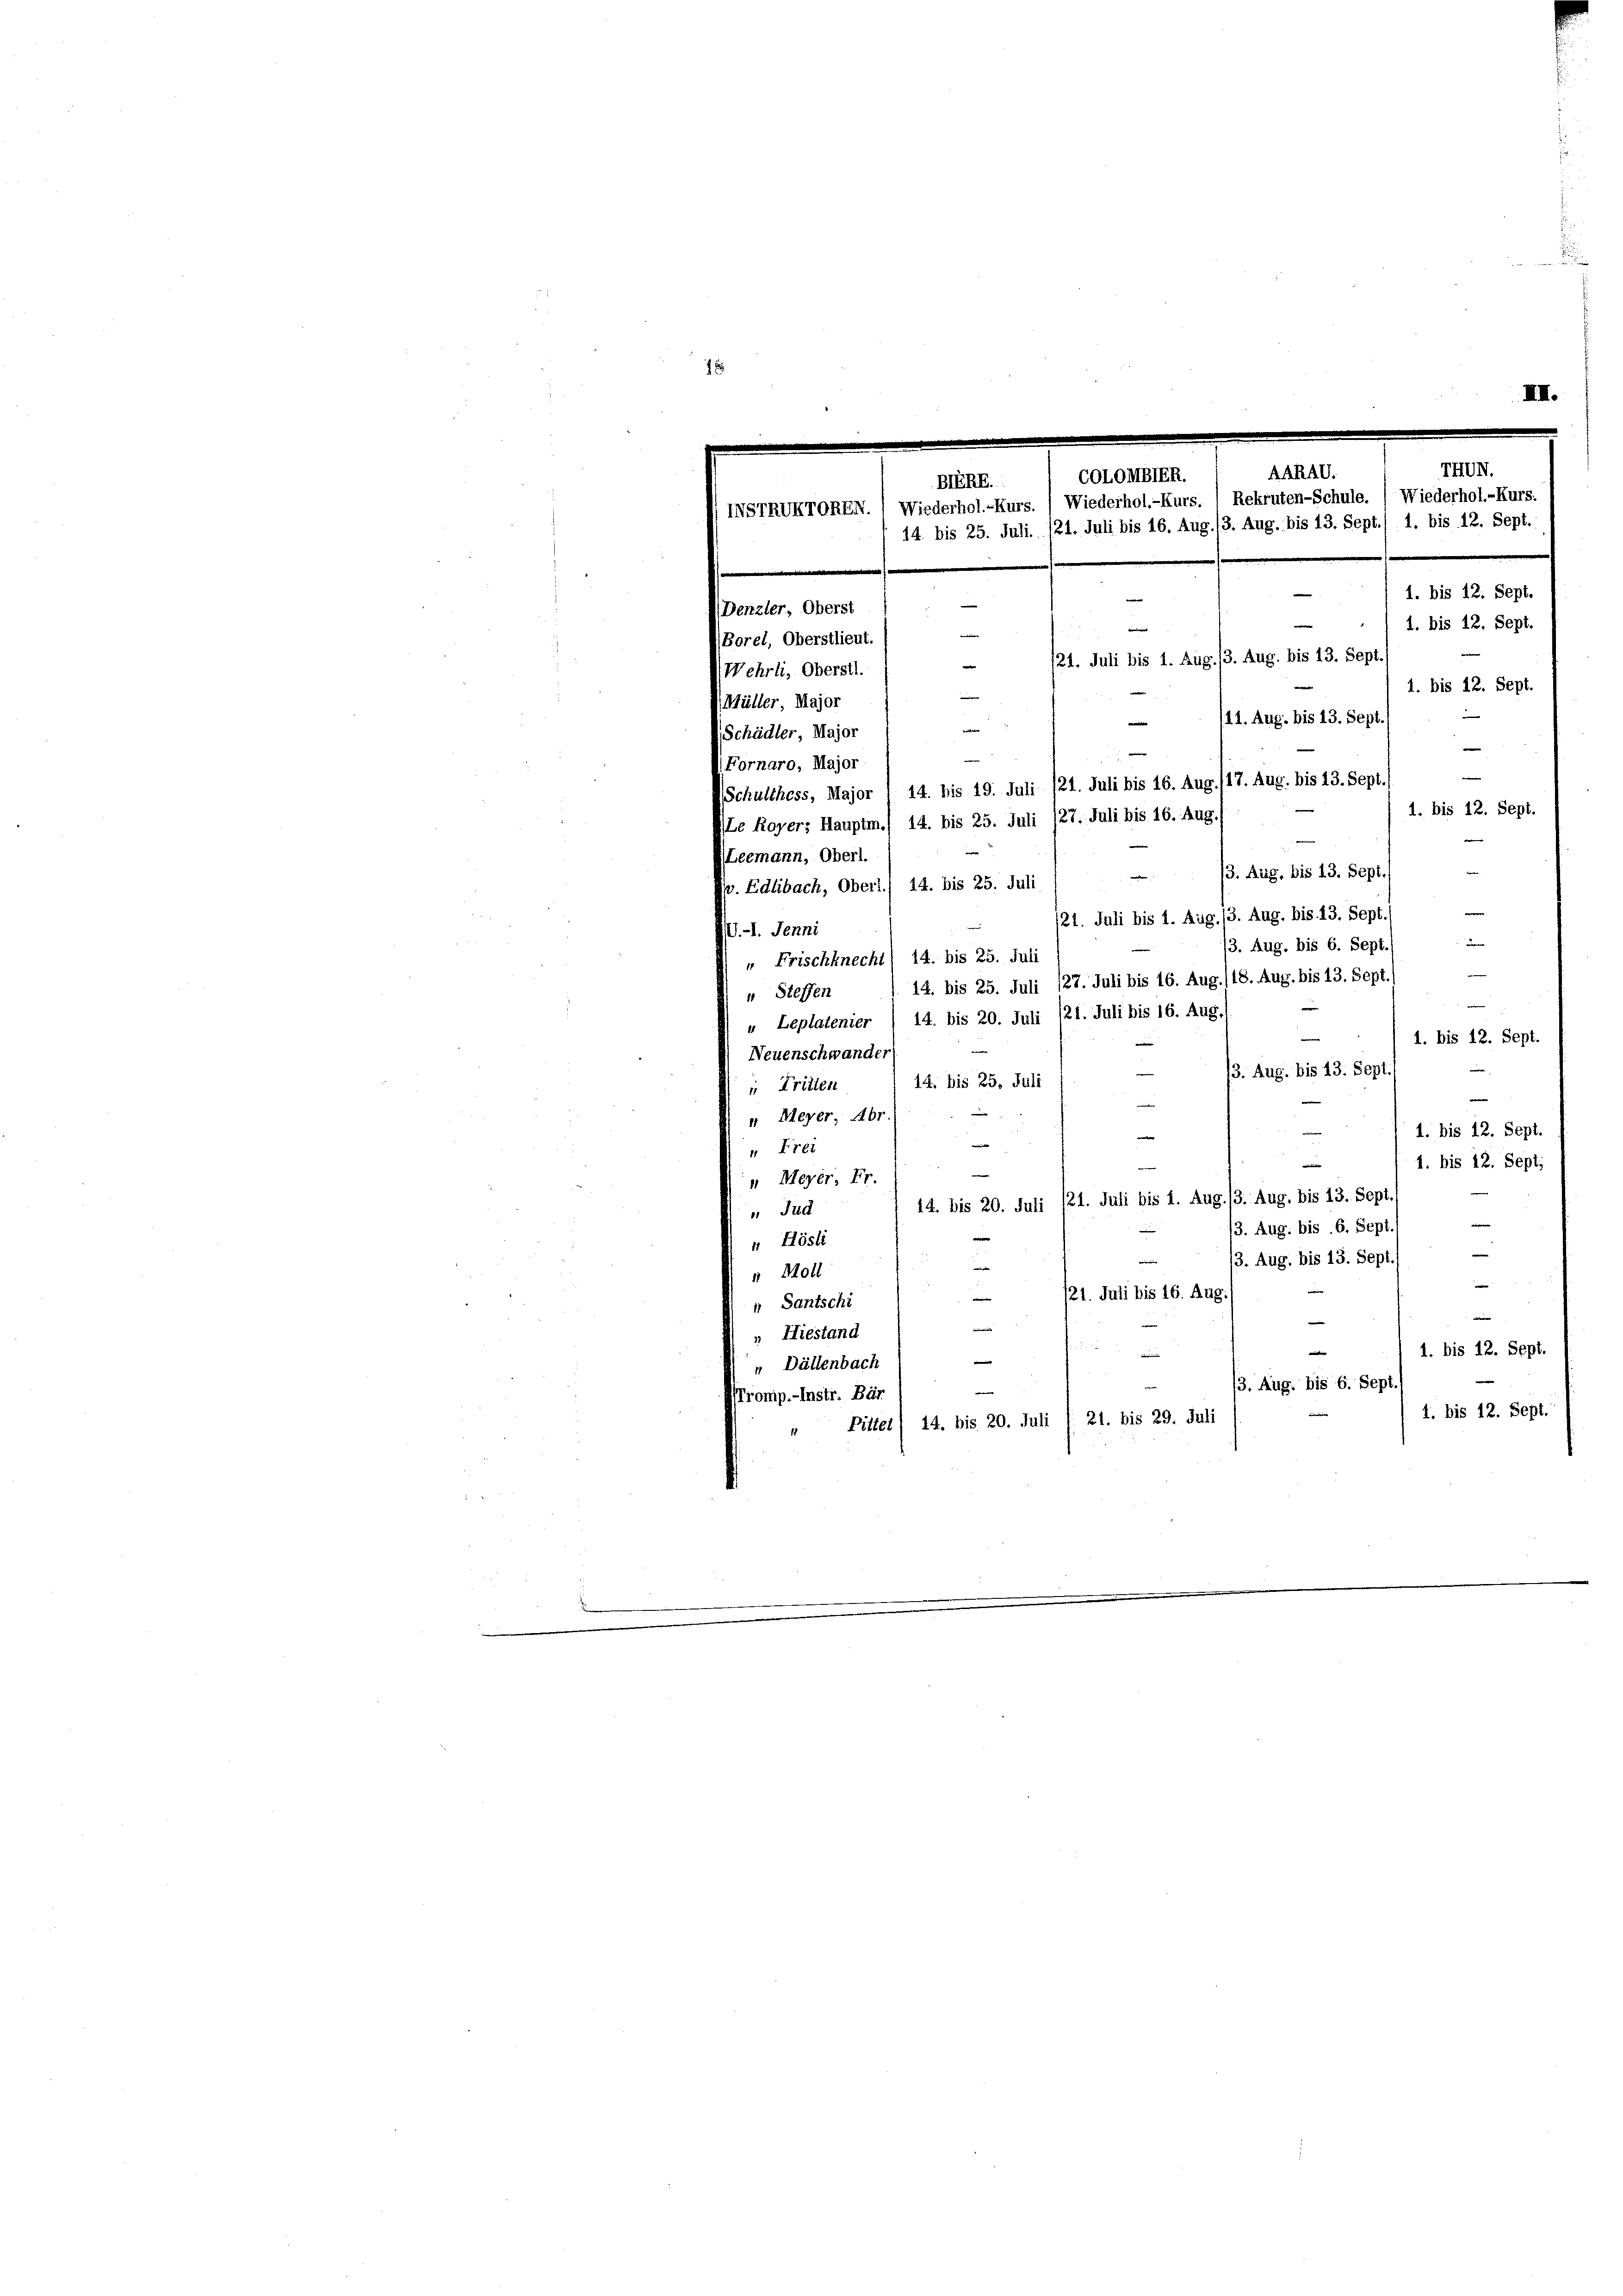
7
IIII.

Leemann, Oberl.
(3. Aug, bis 13. Sept./
Av. Edlibach, Oberl) 14. bis 25. Juli
e
121. Juli bis 1. Aug. 13. Aug. bis 13. Sept.
U.-1. Jenni
e
/3. Aug. bis 6. Sept
" Frischknecht) 14. bis 25. Juli
—
14. bis 25. Juli 127. Juli bis 16. Aug. /18. Aug. bis 13. Sept.
„ Steffen
e
" Leplatenier (14. bis 20. Juli 121. Juli bis 16. Aug.
1. bis 12. Sept.
Neuenschwander
3. Aug. bis 43. Sept.
14. bis 25. Juli
" Tritten
e
e
 Meyer, Abr.
1. bis 12. Sept.
s
—
" Frei
1. bis 12. Sept.
" Meyer, Fr.
14. bis 20. Juli 121. Juli bis 1. Aug. (3. Aug, bis 13. Sept
 Jud
(3. Aug. bis 6. Sept.
" Hösli
—
13. Aug. bis 13. Sept.
e
“ Moll
e
/21. Juli bis 16. Aug.
 Santschi
—
" Hiestand
e
1. bis 12. Sept.
i
" Dällenbach
3. Aug. bis 6. Sept.
Ironip.-Instr. Bär
1. bis 12. Sept.
„ Pitter) 14. bis 20. Juli l. 21. bis 29. Juli

e
THUN.
AARAU.
COLONBIER.
BERE.
NSTRUKTOREN. / Wiederhol.-Kurs. / Wiederhol.-Kurs. 1 Rekruten-Schule. (Wiederhol.-Kurs.
14 bis 25. Juli. 121. Juli bis 16. Aug. 13. Aug. bis 13. Sept./ 1. bis 12. Sept.
—
1. bis 12. Sept.
Denzler, Oberst
e
1. bis 12. Sept.
Borel, Oberstlieut.
/21. Juli bis 1. Aug. 13. Aug. bis 13. Sept./
Wehrli, Oberstl.
1. bis 12. Sept.
Müller, Major
/11. Aug. bis 13. Sept
Schädler, Major
e
Fornaro, Major
e
Schulthess, Major 1 14. bis 19. Juli 121. Juli bis 16. Aug. 117. Aug. bis 13. Sept.
1. bis 12. Sept.
Le Royer, Hauptm. 14. bis 25. Juli 127. Juli bis 16. Aug.
e
e
e